Annual report on the working of the lock hospitals in the Central Provinces
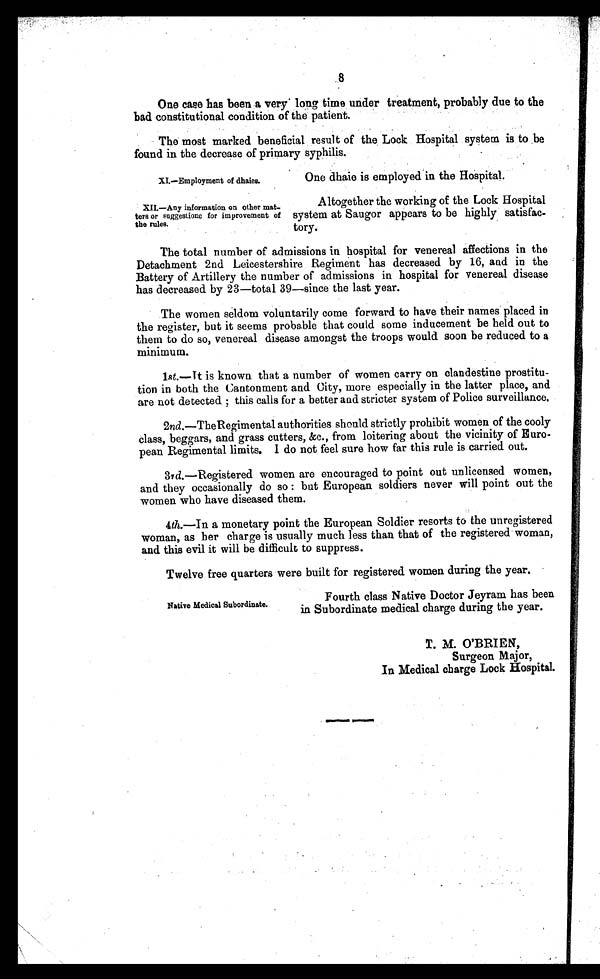
XI.—Employment of dhaies.
XII.—Any information on other mat-
ters or suggestions for improvement of
the rules.
8
One case has been a very long time under treatment, probably due to the
bad constitutional condition of the patient.
The most marked beneficial result of the Lock Hospital system is to be
found in the decrease of primary syphilis.
One dhaie is employed in the Hospital.
Altogether the working of the Lock Hospital
system at Saugor appears to be highly satisfac-
tory.
The total number of admissions in hospital for venereal affections in the
Detachment 2nd Leicestershire Regiment has decreased by 16, and in the
Battery of Artillery the number of admissions in. hospital for venereal disease
has decreased by 23—total 39—since the last year.
The women seldom voluntarily come forward to have their names placed in
the register, but it seems probable that could some inducement be held out to
them to do so, venereal disease amongst the troops would soon be reduced to a
minimum.
1st.—It is known that a number of women carry on clandestine prostitu-
tion in both the Cantonment and City, more especially in the latter place, and
are not detected ;t h i s
c a l l s f o r a b e t t e r a n d s t r i c t e r s y s t e m o f P o l i c e s u r v e i l l a n c e .
2nd.—The Regimental authorities should strictly prohibit women of the cooly
class, beggars, and grass cutters, &c., from loitering about the vicinity of Euro-
pean Regimental limits. I do not feel sure how far this rule is carried out.
3rd.—Registered women are encouraged to point out unlicensed women,
and they occasionally do so : but European soldiers never will point out the
women who have diseased them.
4th.—In a monetary point the European Soldier resorts to the unregistered
woman, as her charge is usually much less than that of the registered woman,
and this evil it will be difficult to suppress.
Twelve free quarters were built for registered women during the year.
Fourth class Native Doctor Jeyram has been
in Subordinate medical charge during the year.
T. M. O'BRIEN,
Surgeon Major,
In Medical charge Lock Hospital.
Native Medical Subordinate.